65_HS1-834228961_62-HQ-83894_Section_5
Agency: FBI
Page 138
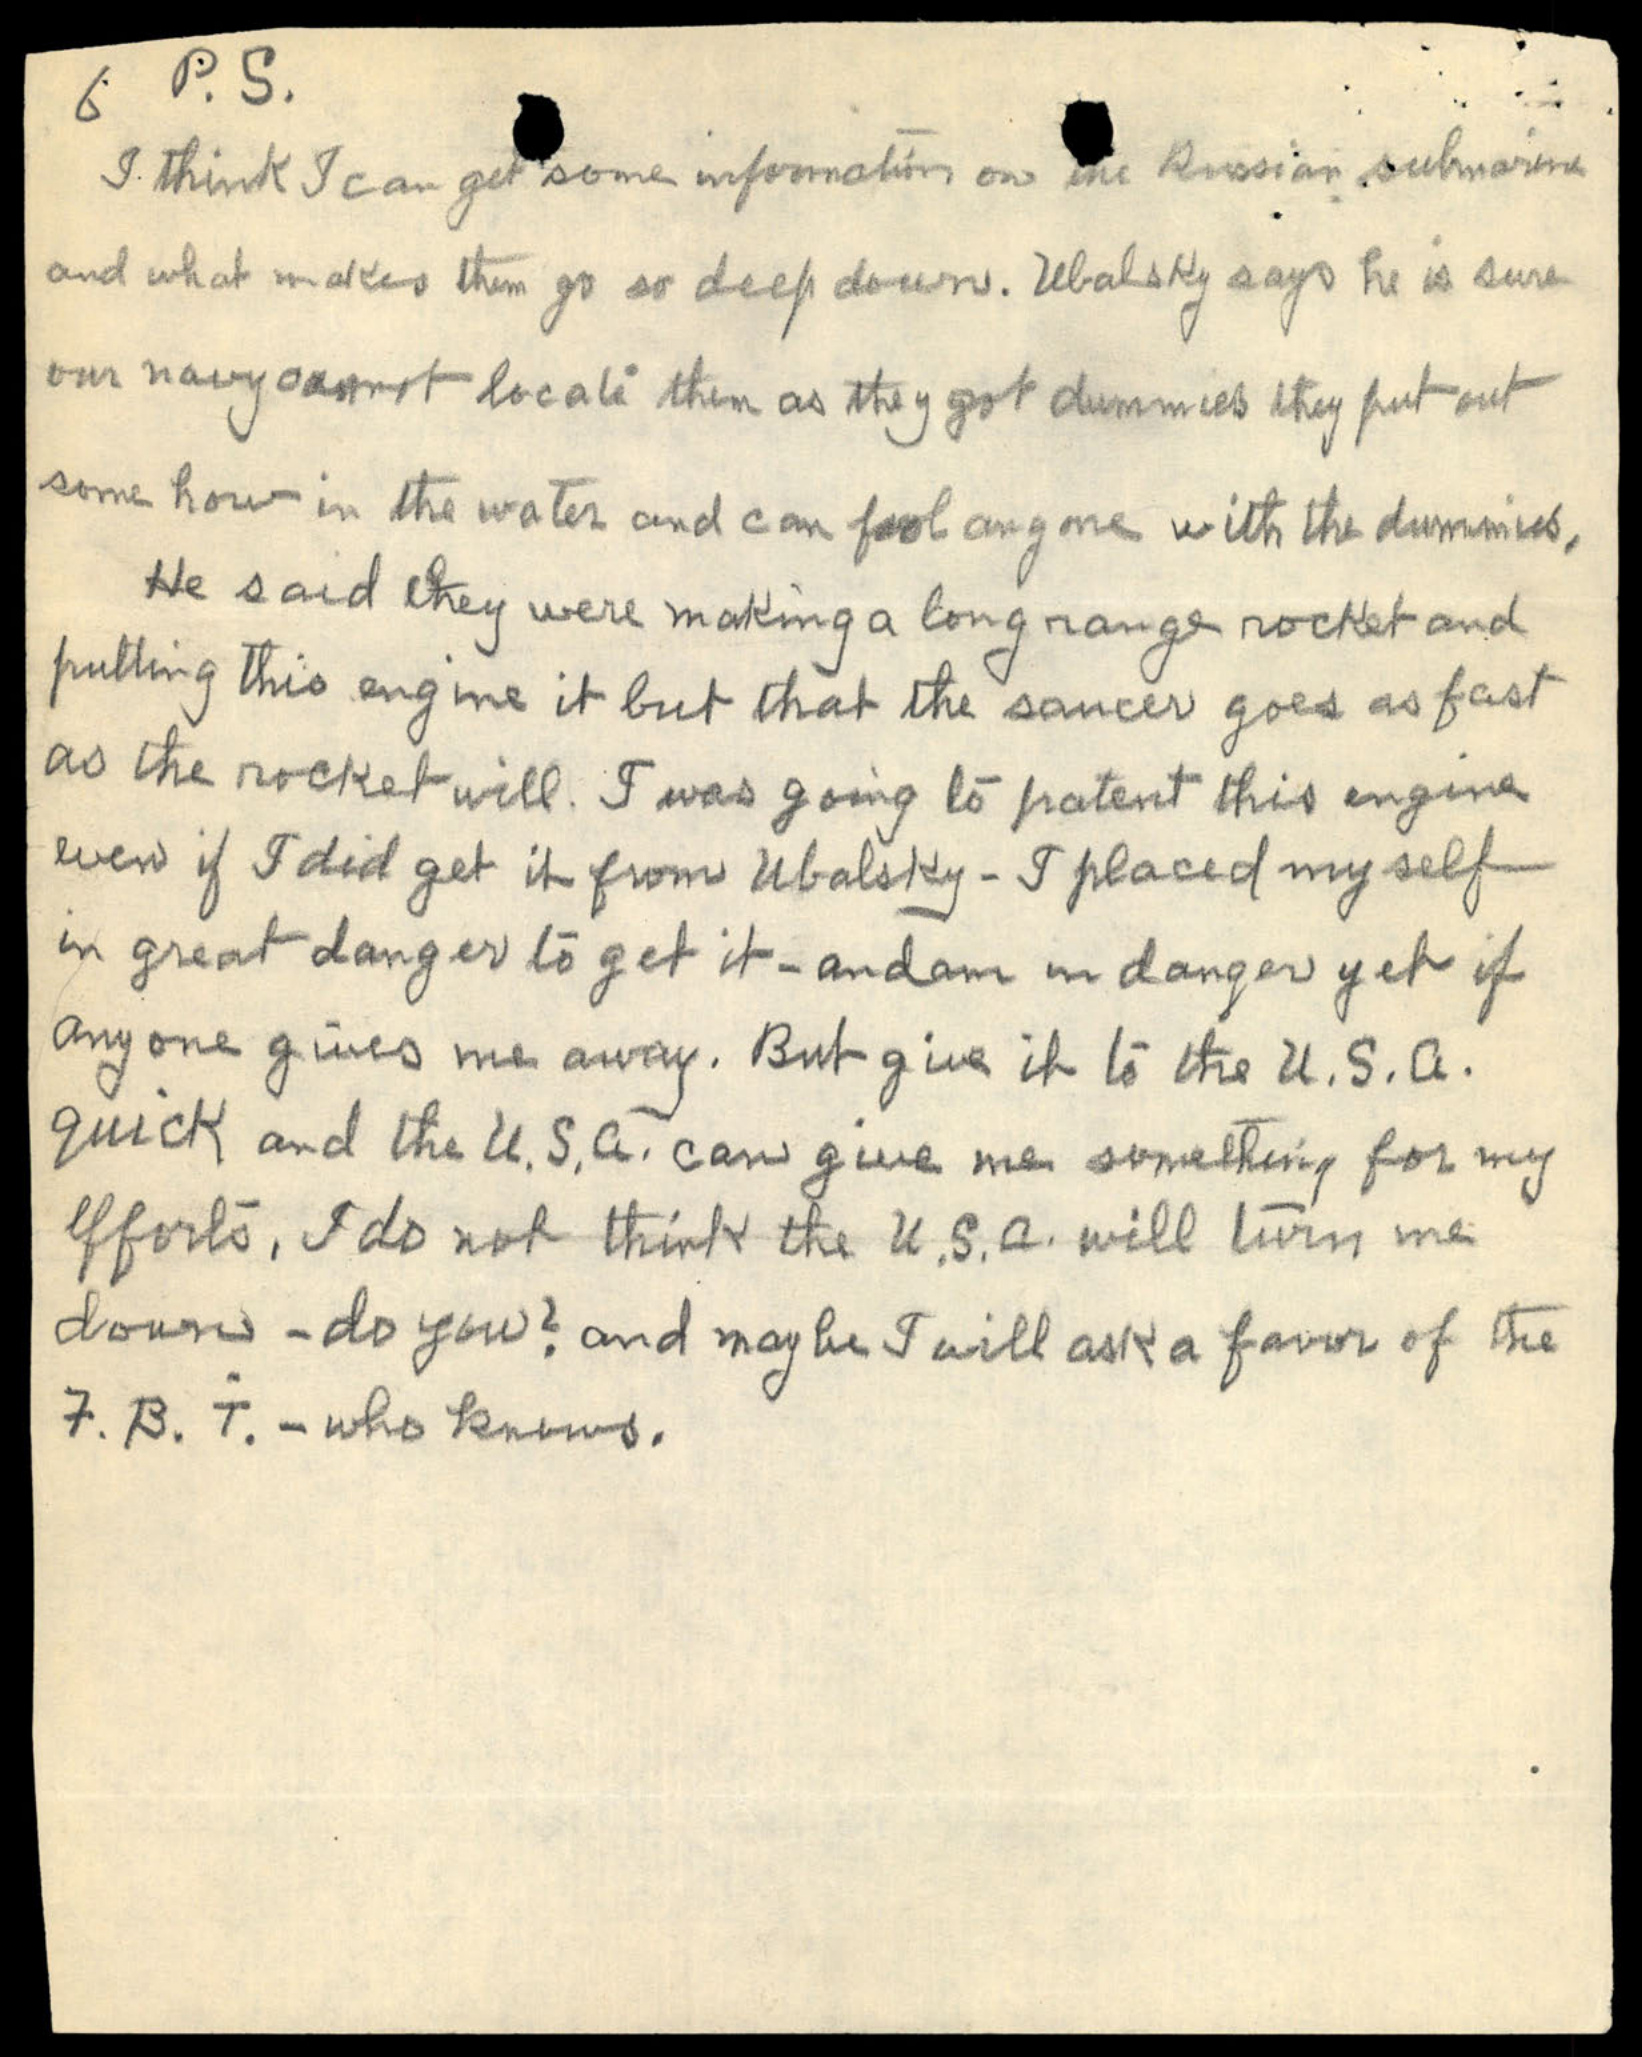